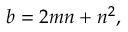
b = 2 m n + n ^ { 2 } ,